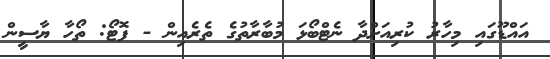
އައްޑޫގައި މިހާރު ކުރިއަށްދާ ނެޓްބޯޅަ މުބާރާތުގެ ތެރެއިން - ފޮޓޯ: ތޯހާ ޔާސީން